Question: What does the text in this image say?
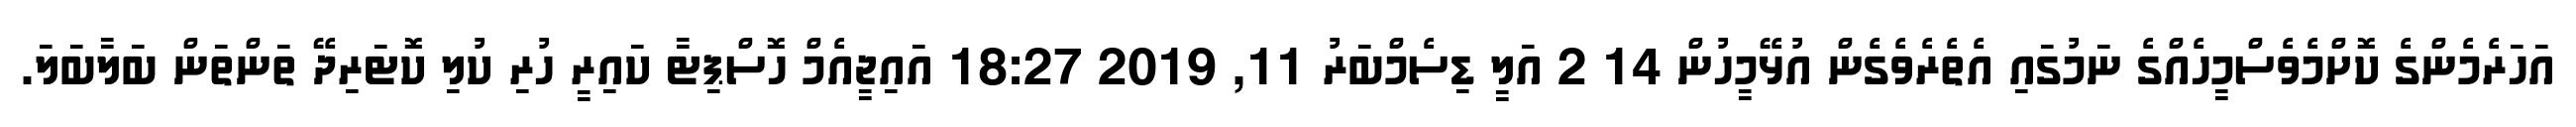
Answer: އަހަރެމެންގެ ކޮށްމެވެސްމީހެއްގެ ނަމުގައި އެތެރެވެގެން އުޅޭމީހުން 14 2 އަލީ ޑިސެމްބަރު 11, 2019 18:27 އައިޖީއެމް ހޮސްޕިޓާ ކައިރީ ހުރި ކުލި ކޮޓަރިދޭ ތަންތަން ބަލާބަލަ.